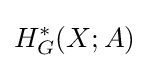
H_{G}^{*}(X;A)